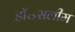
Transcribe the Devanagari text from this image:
डॉ॰सलीम